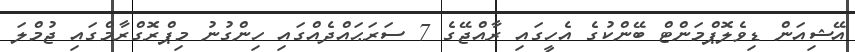
އޭޝިއަން ޑިވެލޮޕްމަންޓް ބޭންކުގެ އެހީގައި ރާއްޖޭގެ 7 ސަރަޙައްދެއްގައި ހިންގުނު މިޕްރޮގްރާމްގައި ޖުމްލަ